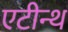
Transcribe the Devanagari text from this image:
एटीन्थ